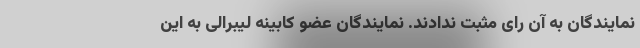
نمایندگان به آن رای مثبت ندادند. نمایندگان عضو کابینه لیبرالی به این